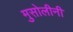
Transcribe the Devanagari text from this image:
मुसोलीनी